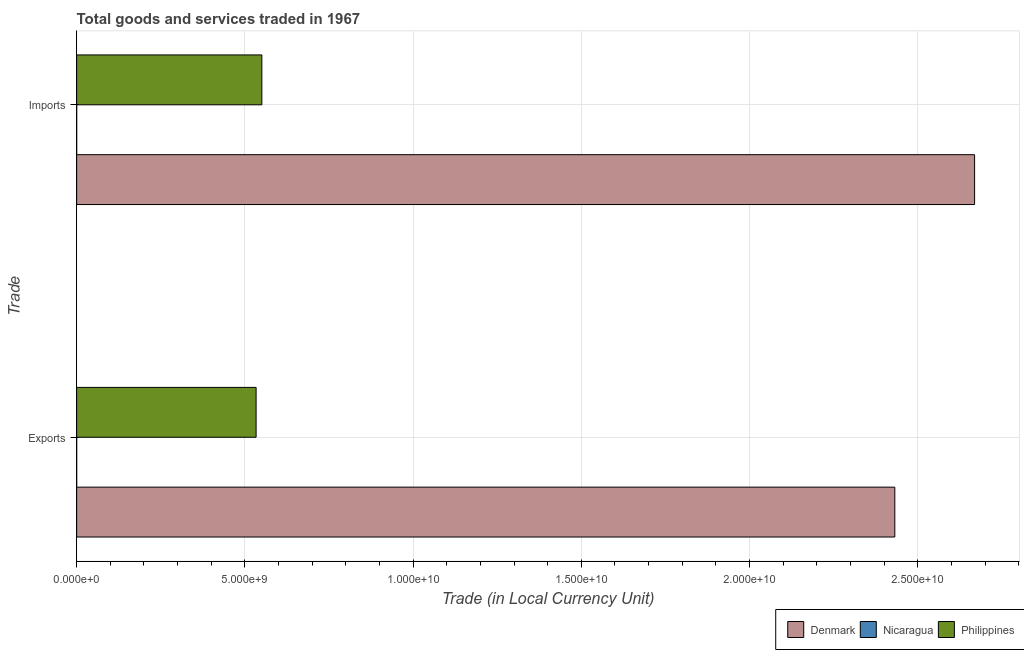
| Trade | Denmark | Nicaragua | Philippines |
 | --- | --- | --- | --- |
 | Exports | 2.43e+10 | 0.243 | 5.33e+09 |
 | Imports | 2.67e+10 | 0.322 | 5.50e+09 |